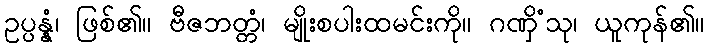
ဥပ္ပန္နံ၊ ဖြစ်၏။ ဗီဇဘတ္တံ၊ မျိုးစပါးထမင်းကို။ ဂဏှိံသု၊ ယူကုန်၏။